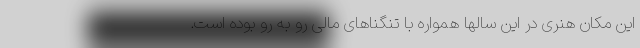
این مکان هنری در این سالها همواره با تنگناهای مالی رو به رو بوده است.